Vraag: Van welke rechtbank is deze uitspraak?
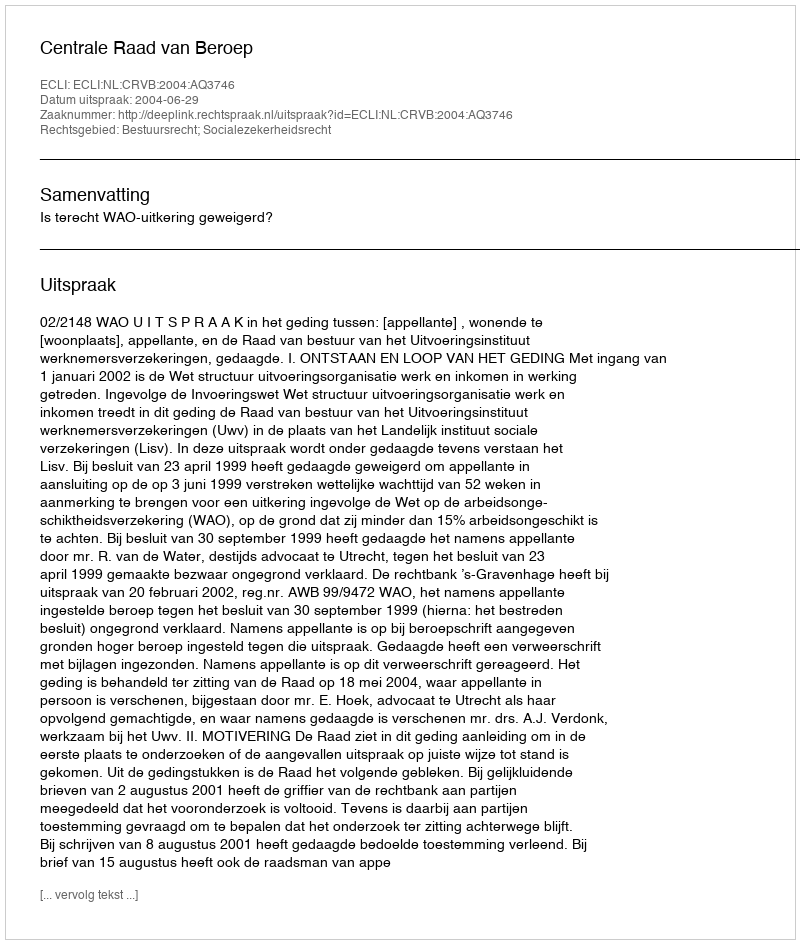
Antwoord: Centrale Raad van Beroep